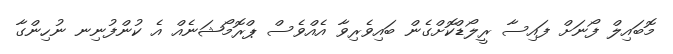
މޮބައިލް ފޯނަށް ފައިސާ ރީލޯޑްކޮށްގެން ބައިވެރިވާ އެއްވެސް ޕްރޮމޯޝަނެއް އެ ކުންފުނިނ ނުހިންގާ